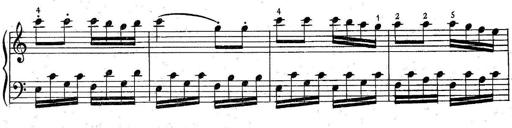
Title: 6 Easy Sonatinas
Composer: Carl Czerny